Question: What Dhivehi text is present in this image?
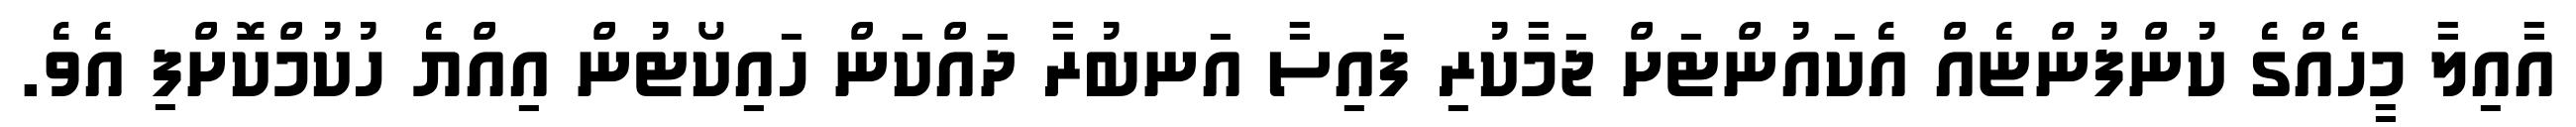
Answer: އާއިލާ މީހެއްގެ ކުންފުންޏެއް އެކައުންޓަށް ޖަމާކުރި ފައިސާ އަނބުރާ ދައްކަން ހައިކޯޓުން އިއްޔެ ހުކުމްކޮށްފި އެވެ.